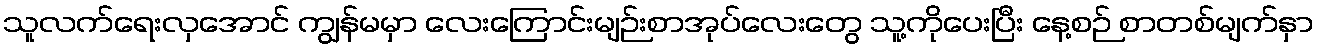
သူလက်ရေးလှအောင် ကျွန်မမှာ လေးကြောင်းမျဉ်းစာအုပ်လေးတွေ သူ့ကိုပေးပြီး နေ့စဉ် စာတစ်မျက်နှာ